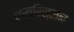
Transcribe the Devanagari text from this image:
शख़रिस्तान